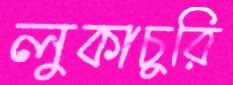
লুকাচুরি